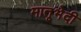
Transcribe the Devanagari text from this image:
मातृभेदी